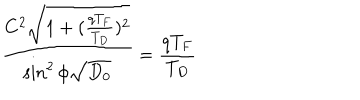
LaTeX: \frac { C ^ { 2 } \sqrt { 1 + ( \frac { q T _ { F } } { T _ { D } } ) ^ { 2 } } } { \sin ^ { 2 } \phi \sqrt { D _ { 0 } } } = \frac { q T _ { F } } { T _ { D } }